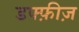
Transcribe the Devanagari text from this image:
डफ्फ़ीज़